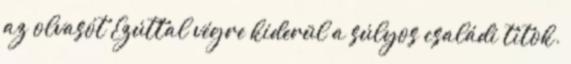
az olvasót Ezúttal végre kiderül a súlyos családi titok.